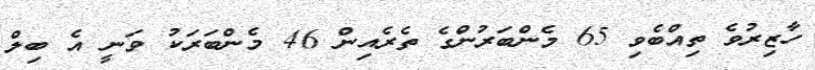
ހާޒިރުވެ ތިއްބެވި 65 މެންބަރުންގެ ތެރެއިން 46 މެންބަރަކު ވަނީ އެ ބިލް